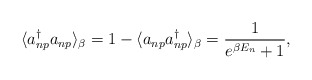
\begin{align*}\langle a^{\dag}_{np} a_{np}\rangle_{\beta}=1- \langle a_{np} a^{\dag}_{np}\rangle_{\beta}=\frac {1} { e^{\beta E_n}+1}, \end{align*}